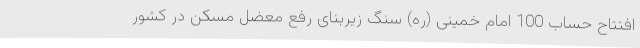
افتتاح حساب 100 امام خمینی (ره) سنگ‌ زیربنای رفع معضل مسکن در کشور